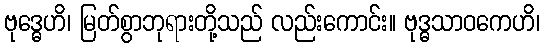
ဗုဒ္ဓေဟိ၊ မြတ်စွာဘုရားတို့သည် လည်းကောင်း။ ဗုဒ္ဓသာဝကေဟိ၊